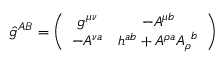
\hat { g } ^ { A B } = \left( \begin{array} { c c } { { g ^ { \mu \nu } } } & { { - A ^ { \mu b } } } \\ { { - A ^ { \nu a } } } & { { h ^ { a b } + A ^ { \rho a } { A _ { \rho } } ^ { b } } } \end{array} \right)